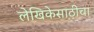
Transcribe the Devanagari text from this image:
लेखिकेसाठीचा